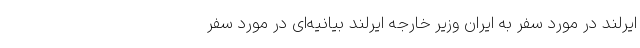
ایرلند در مورد سفر به ایران وزیر خارجه ایرلند بیانیه‌ای در مورد سفر